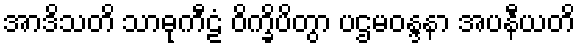
အာဒိသတိ သာဓုကီဠံ ဝိက္ခိပိတွာ ပဌမဝန္ဒနာ အပနီယတိ